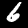
Digit: 6